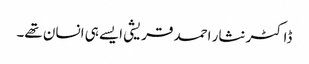
ڈاکٹر نثار احمد قریشی ایسے ہی انسان تھے۔